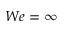
W e = \infty